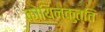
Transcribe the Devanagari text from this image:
कोयिन्कुत्ति